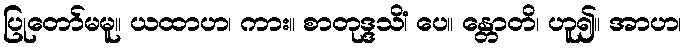
ပြုတော်မမူ။ ယထာဟ၊ ကား။ စာတုဒ္ဒသိံ၊ ပေ။ န္တောတိ၊ ဟူ၍။ အာဟ၊